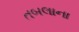
તબલાના